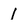
Character: 1